Annual administration report of the Civil Veterinary Department, Ajmere-Merwara, British Rajputana - 1914-1940
Year: 1914
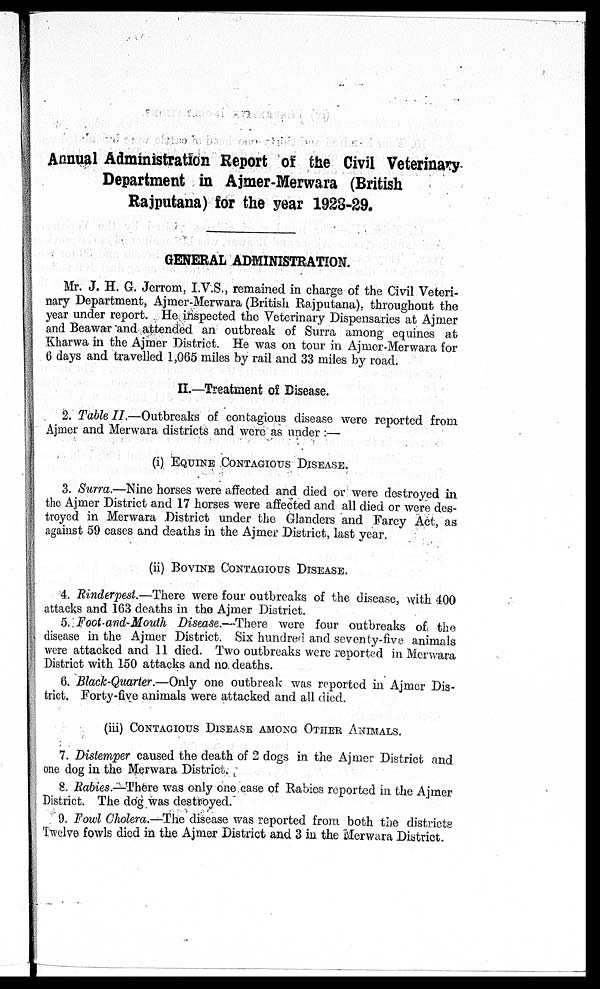
Annual Administration Report of the Civil Veterinary
Department in Ajmer-Merwara (British
Rajputana) for the year 1928-29.
GENERAL ADMINISTRATION.
Mr. J. H. G. Jerrom, I.V.S., remained in charge of the Civil Veteri-
nary Department, Ajmer-Merwara (British Rajputana). throughout the
year under report. He inspected the Veterinary Dispensaries at Ajmer
and Beawar and attended an outbreak of Surra among equines at
Kharwa in the Ajmer District. He was on tour in Ajmer-Merwara for
6 days and travelled 1,065 miles by rail and 33 miles by road.
II.—Treatment of Disease.
2. Table II.—Outbreaks of contagious disease were reported from
Ajmer and Merwara districts and were as under :—
(i) EQUINE CONTAGIOUS DISEASE.
3. Surra.—Nine horses were affected and died or were destroyed in
the Ajmer District and 17 horses were affected and all died or were des-
troyed in Merwara District under the Glanders and Farcy Act, as
against 59 cases and deaths in the Ajmer District, last year.
(ii) BOVINE CONTAGIOUS DISEASE.
4. Rinderpest.—There were four outbreaks of the disease, with 400
attacks and 163 deaths in the Ajmer District.
5. Foot-and-Mouth Disease.—There were four outbreaks of the
disease in the Ajmer District. Six hundred and seventy-five animals
were attacked and 11 died. Two outbreaks were reported in Merwara
District with 150 attacks and no deaths.
6. Black-Quarter.—Only one outbreak- was reported in Ajmer Dis-
trict. Forty-five animals were attacked and all died.
(iii) CONTAGIOUS DISEASE AMONG OTHER ANIMALS.
7. Distemper caused the death of 2 dogs in the Ajmer District and
one dog in the Merwara District.
8. Rabies.—There was only one case of Rabies reported in the Ajmer
District. The dog was destroyed.
9. Fowl Cholera.—The disease was reported from both the districts
Twelve fowls died in the Ajmer District and 3 in the Merwara District.